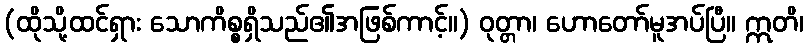
(ထိုသို့ထင်ရှား သောကိစ္စရှိသည်၏အဖြစ်ကာင့်။) ဝုတ္တာ၊ ဟောတော်မူအပ်ပြီ။ ဣတိ၊